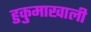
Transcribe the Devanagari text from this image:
हुकुमाखाली